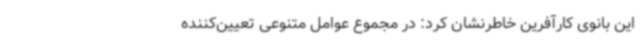
این بانوی کارآفرین خاطرنشان کرد: در مجموع عوامل متنوعی تعیین‌کننده